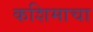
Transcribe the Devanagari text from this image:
कशिमाचा